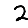
Digit: 2